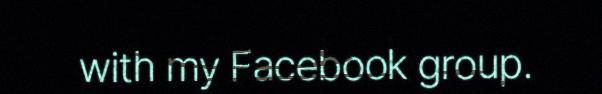
with my Facebook group.